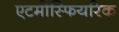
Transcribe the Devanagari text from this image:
एटमोस्फियरिक